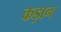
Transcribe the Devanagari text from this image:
कड़ान